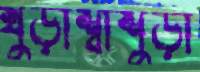
খুড়াশ্বাশুড়ী